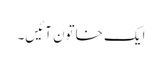
ایک خاتون آئیں‌۔